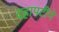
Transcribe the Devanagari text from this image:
दहापटीने